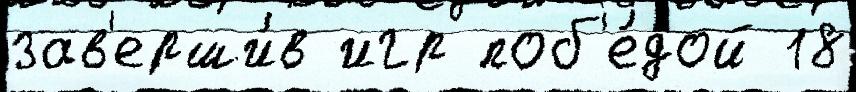
зав'ерши́в игр поб'е́дой 18